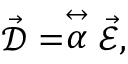
\vec { \mathcal { D } } = \stackrel { \leftrightarrow } { \alpha } \vec { \mathcal { E } } ,